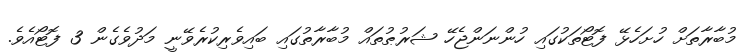
މުބާރާތަށް ހުށަހެޅޭ ފޮޓޯތަކުގައި ހުންނަންޖެހޭ ޝަރުޠުތައް މުބާރާތުގައި ބައިވެރިކުރެވޭނީ މަދުވެގެން 3 ފޮޓޯއެވެ.